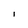
Character: l